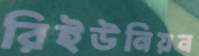
রিইউনিয়ন